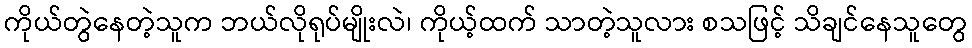
ကိုယ်တွဲနေတဲ့သူက ဘယ်လိုရုပ်မျိုးလဲ၊ ကိုယ့်ထက် သာတဲ့သူလား စသဖြင့် သိချင်နေသူတွေ